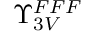
\Upsilon _ { 3 V } ^ { F F F }